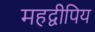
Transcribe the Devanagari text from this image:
महद्वीपिय